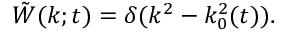
{ \tilde { W } } ( k ; t ) = \delta ( k ^ { 2 } - k _ { 0 } ^ { 2 } ( t ) ) .